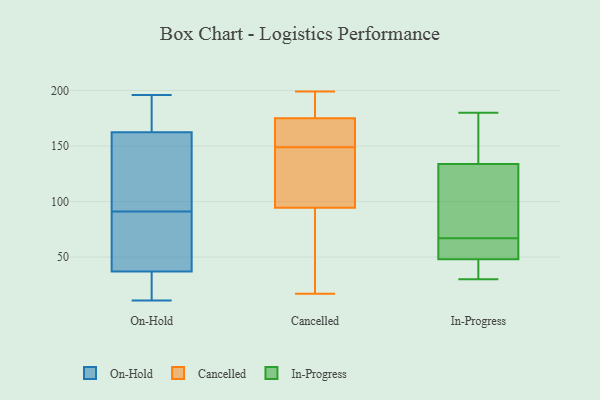
{"axis": {"x": "Website Visitors", "y": "Value"}, "legend": ["Cancelled", "In-Progress", "On-Hold"], "data": [{"x": "", "y": 38, "type": "On-Hold"}, {"x": "", "y": 11, "type": "On-Hold"}, {"x": "", "y": 154, "type": "On-Hold"}, {"x": "", "y": 83, "type": "On-Hold"}, {"x": "", "y": 171, "type": "On-Hold"}, {"x": "", "y": 193, "type": "On-Hold"}, {"x": "", "y": 29, "type": "On-Hold"}, {"x": "", "y": 189, "type": "On-Hold"}, {"x": "", "y": 196, "type": "On-Hold"}, {"x": "", "y": 101, "type": "On-Hold"}, {"x": "", "y": 135, "type": "On-Hold"}, {"x": "", "y": 141, "type": "On-Hold"}, {"x": "", "y": 194, "type": "On-Hold"}, {"x": "", "y": 21, "type": "On-Hold"}, {"x": "", "y": 24, "type": "On-Hold"}, {"x": "", "y": 36, "type": "On-Hold"}, {"x": "", "y": 99, "type": "On-Hold"}, {"x": "", "y": 68, "type": "On-Hold"}, {"x": "", "y": 65, "type": "On-Hold"}, {"x": "", "y": 39, "type": "On-Hold"}, {"x": "", "y": 168, "type": "Cancelled"}, {"x": "", "y": 192, "type": "Cancelled"}, {"x": "", "y": 169, "type": "Cancelled"}, {"x": "", "y": 63, "type": "Cancelled"}, {"x": "", "y": 60, "type": "Cancelled"}, {"x": "", "y": 166, "type": "Cancelled"}, {"x": "", "y": 90, "type": "Cancelled"}, {"x": "", "y": 22, "type": "Cancelled"}, {"x": "", "y": 199, "type": "Cancelled"}, {"x": "", "y": 149, "type": "Cancelled"}, {"x": "", "y": 192, "type": "Cancelled"}, {"x": "", "y": 121, "type": "Cancelled"}, {"x": "", "y": 110, "type": "Cancelled"}, {"x": "", "y": 189, "type": "Cancelled"}, {"x": "", "y": 17, "type": "Cancelled"}, {"x": "", "y": 161, "type": "Cancelled"}, {"x": "", "y": 120, "type": "Cancelled"}, {"x": "", "y": 177, "type": "Cancelled"}, {"x": "", "y": 108, "type": "Cancelled"}, {"x": "", "y": 180, "type": "In-Progress"}, {"x": "", "y": 75, "type": "In-Progress"}, {"x": "", "y": 59, "type": "In-Progress"}, {"x": "", "y": 35, "type": "In-Progress"}, {"x": "", "y": 30, "type": "In-Progress"}, {"x": "", "y": 32, "type": "In-Progress"}, {"x": "", "y": 55, "type": "In-Progress"}, {"x": "", "y": 48, "type": "In-Progress"}, {"x": "", "y": 32, "type": "In-Progress"}, {"x": "", "y": 124, "type": "In-Progress"}, {"x": "", "y": 154, "type": "In-Progress"}, {"x": "", "y": 162, "type": "In-Progress"}, {"x": "", "y": 48, "type": "In-Progress"}, {"x": "", "y": 60, "type": "In-Progress"}, {"x": "", "y": 67, "type": "In-Progress"}, {"x": "", "y": 137, "type": "In-Progress"}, {"x": "", "y": 161, "type": "In-Progress"}, {"x": "", "y": 97, "type": "In-Progress"}, {"x": "", "y": 78, "type": "In-Progress"}]}